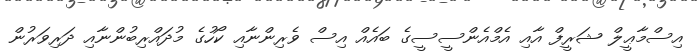
އިސްމާޢީލް ޝަރީފް އާއި އެމްއެންސީސީގެ ބައެއް އިސް ވެރިންނާއި ކޯހުގެ މުދައްރިބުންނާއި ދަރިވަރުން